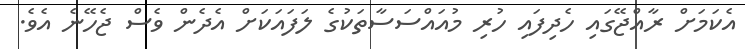
އެކަމަށް ރާއްޖޭގައި ހެދިފައި ހުރި މުއައްސަސާތަކުގެ ލަފައަކަށް އެދެން ވެސް ޖެހޭނެ އެވެ.